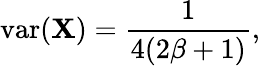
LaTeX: \operatorname{var}(\mathbf{X})={\frac{{1}}{{4(2\beta+1)}}},